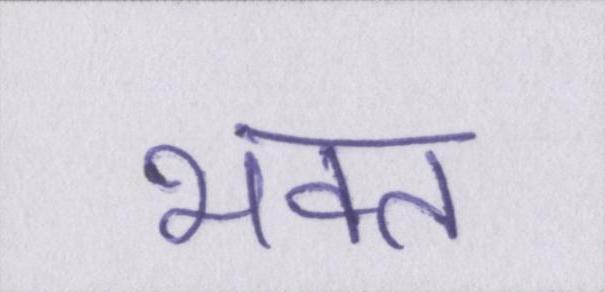
भक्त